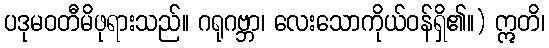
ပဒုမဝတီမိဖုရားသည်။ ဂရုဂဗ္ဘာ၊ လေးသောကိုယ်ဝန်ရှိ၏။) ဣတိ၊